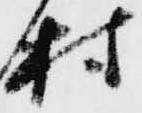
村